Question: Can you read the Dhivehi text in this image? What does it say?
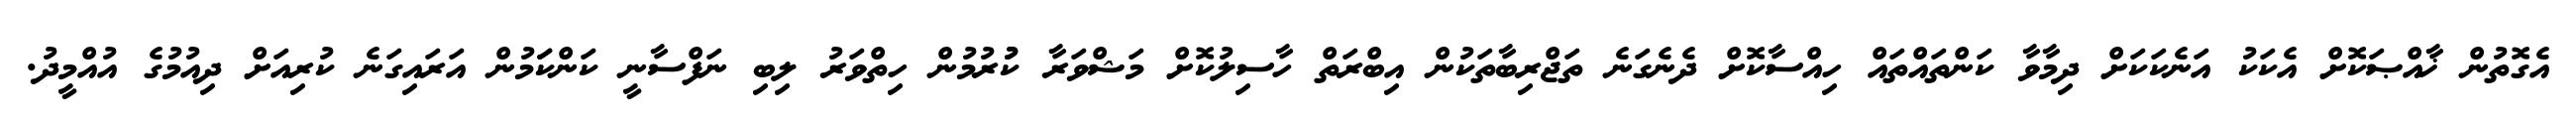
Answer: އެގޮތުން ޚާއްޞަކޮށް އެކަކު އަނެކަކަށް ދިމާވާ ކަންތައްތައް ހިއްސާކޮށް ދެނެގަނެ ތަޖްރިބާތަކުން އިބްރަތް ހާސިލުކޮށް މަޝްވަރާ ކުުރުމުން ހިތްވަރު ލިބި ނަފްސާނީ ކަންކަަމުން އަރައިގަނެ ކުރިއަށް ދިއުމުގެ އުއްމީދު.